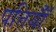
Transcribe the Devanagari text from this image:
पत्तियॉँ